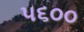
૫૬૦૦